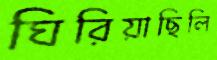
ঘিরিয়াছিলি